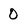
Character: 0